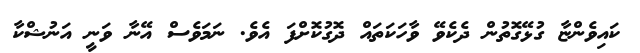
ކައިވެންޏާ ގުޅޭގޮތުން ދެކެވޭ ވާހަކަތައް ދޮގުކޮށްފަ އެވެ. ނަމަވެސް އޭނާ ވަނީ އަނުޝްކާ